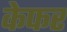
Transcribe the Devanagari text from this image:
केफर